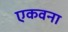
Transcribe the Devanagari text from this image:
एकवना